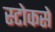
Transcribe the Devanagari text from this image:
स्टोकसे